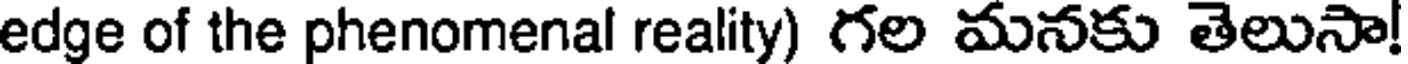
edge of the phenomenal reality) గల మనకు తెలుసా!